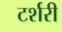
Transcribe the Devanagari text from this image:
टर्शरी